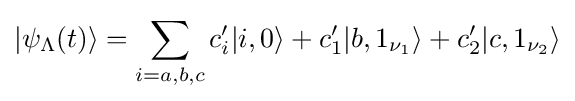
|\psi _{\Lambda }(t)\rangle =\sum _{i=a,b,c}c_{i}'|i,0\rangle +c_{1}'|b,1_{\nu _{1}}\rangle +c_{2}'|c,1_{\nu _{2}}\rangle